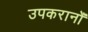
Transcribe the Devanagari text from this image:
उपकरानोँ